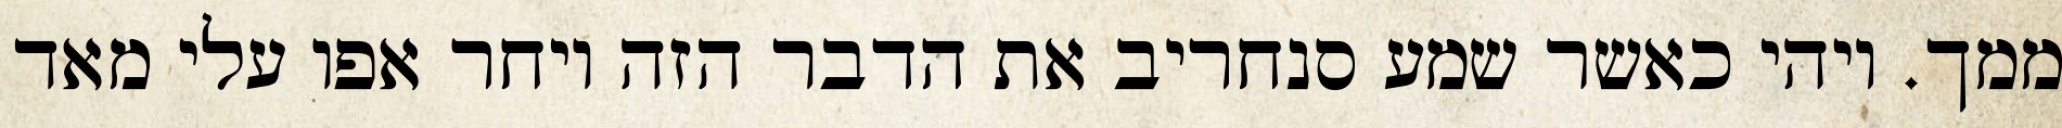
ממך. ויהי כאשר שמע סנחריב את הדבר הזה ויחר אפו עלי מאד